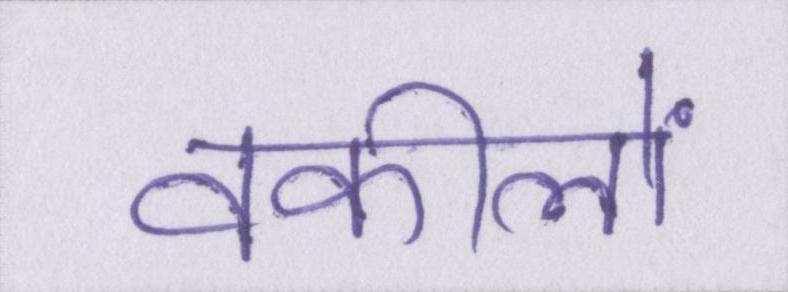
वकीलों